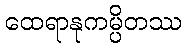
ထေရာနုကမ္ပိတဿ